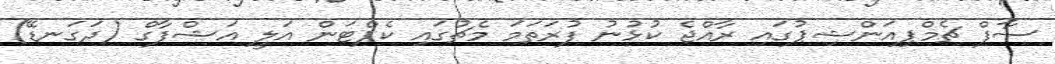
ސާފް ޗެމްޕިއަންޝިޕުގައި ރާއްޖެ ކުޅުނު ފުރަތަމަ މެޗުގައި ކެޕްޓަން އަލީ އަޝްފާގް (ދަގަނޑޭ)